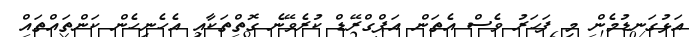
އަޅުގަނޑުމެން މި ފަހަރު ވެސް އެތަން އަޕްގްރޭޑް ކުރެވޭނެ ގޮތްތަކާއި އެހެނިހެން ކަންތައްތައް